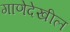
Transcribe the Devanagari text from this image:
गाणेदेखील